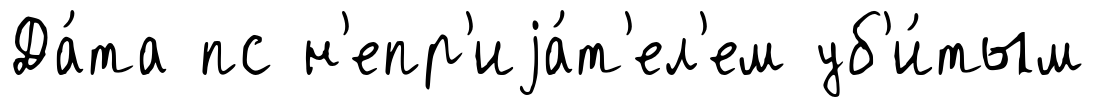
Да́та пс н'епр'иjа́т'ел'ем уб'и́тым